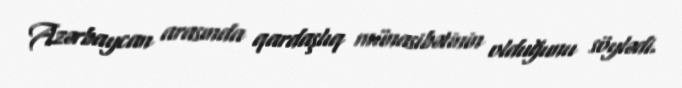
Azərbaycan arasında qardaşlıq münasibətinin olduğunu söylədi.